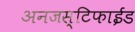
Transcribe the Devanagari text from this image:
अनजस्टिफाईड